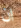
ان